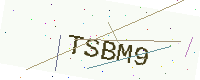
Text: TSBM9